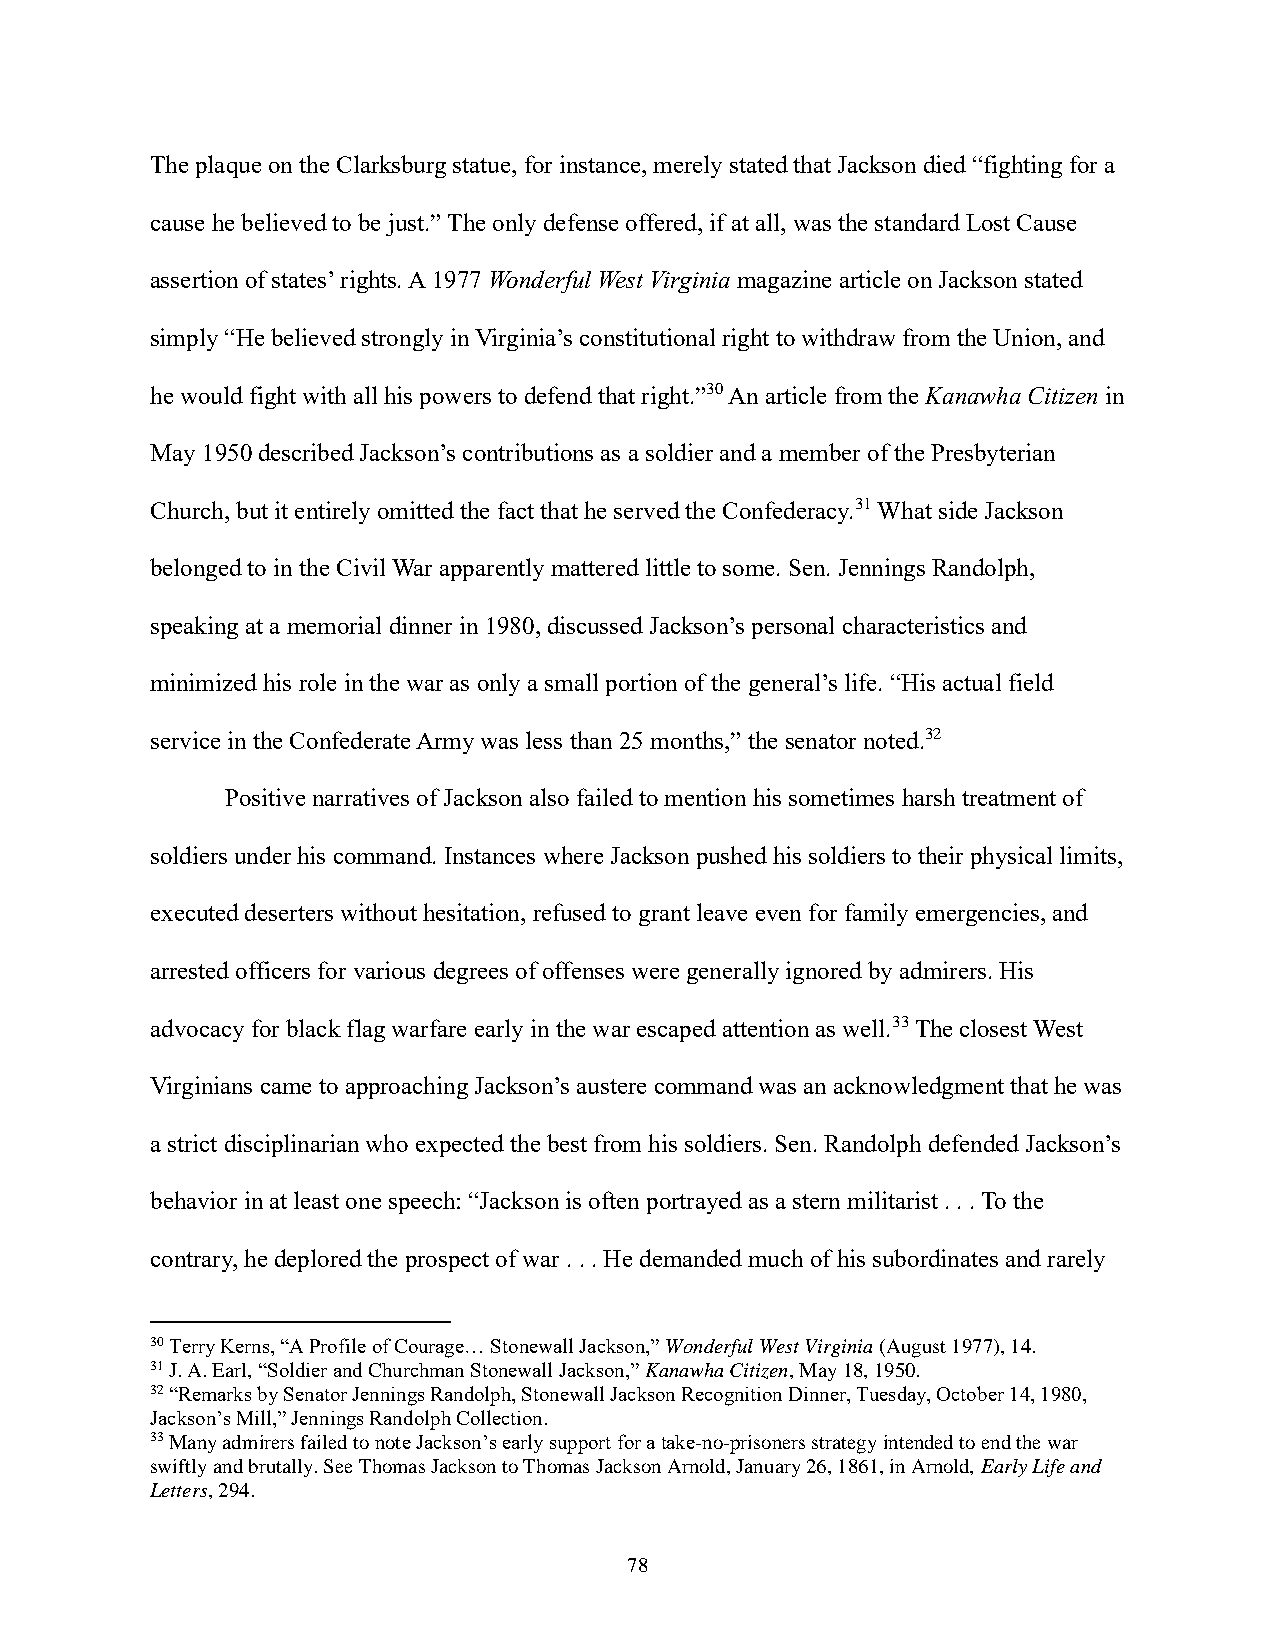
The plaque on the Clarksburg statue, for instance, merely stated that Jackson died “fighting for a
 cause he believed to be just.” The only defense offered, if at all, was the standard Lost Cause
 assertion of states’ rights. A 1977 Wonderful West Virginia magazine article on Jackson stated
 simply “He believed strongly in Virginia’s constitutional right to withdraw from the Union, and
 he would fight with all his powers to defend that right.”30 An article from the Kanawha Citizen in
 May 1950 described Jackson’s contributions as a soldier and a member of the Presbyterian
 Church, but it entirely omitted the fact that he served the Confederacy.31 What side Jackson
 belonged to in the Civil War apparently mattered little to some. Sen. Jennings Randolph,
 speaking at a memorial dinner in 1980, discussed Jackson’s personal characteristics and
 minimized his role in the war as only a small portion of the general’s life. “His actual field
 service in the Confederate Army was less than 25 months,” the senator noted.32
 Positive narratives of Jackson also failed to mention his sometimes harsh treatment of
 soldiers under his command. Instances where Jackson pushed his soldiers to their physical limits,
 executed deserters without hesitation, refused to grant leave even for family emergencies, and
 arrested officers for various degrees of offenses were generally ignored by admirers. His
 advocacy for black flag warfare early in the war escaped attention as well.33 The closest West
 Virginians came to approaching Jackson’s austere command was an acknowledgment that he was
 a strict disciplinarian who expected the best from his soldiers. Sen. Randolph defended Jackson’s
 behavior in at least one speech: “Jackson is often portrayed as a stern militarist . . . To the
 contrary, he deplored the prospect of war . . . He demanded much of his subordinates and rarely
 30 Terry Kerns, “A Profile of Courage… Stonewall Jackson,” Wonderful West Virginia (August 1977), 14.
 31 J. A. Earl, “Soldier and Churchman Stonewall Jackson,” Kanawha Citizen, May 18, 1950.
 32 “Remarks by Senator Jennings Randolph, Stonewall Jackson Recognition Dinner, Tuesday, October 14, 1980,
 Jackson’s Mill,” Jennings Randolph Collection.
 33 Many admirers failed to note Jackson’s early support for a take-no-prisoners strategy intended to end the war
 swiftly and brutally. See Thomas Jackson to Thomas Jackson Arnold, January 26, 1861, in Arnold, Early Life and
 Letters, 294.
 78